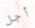
أجل